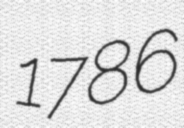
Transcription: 1786